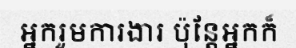
អ្នករួមការងារ ប៉ុន្តែអ្នកក៏